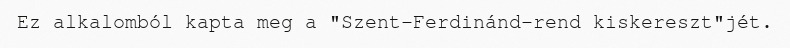
Ez alkalomból kapta meg a "Szent-Ferdinánd-rend kiskereszt"jét.